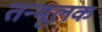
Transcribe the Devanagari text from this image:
तन्मूलक